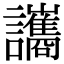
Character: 讗